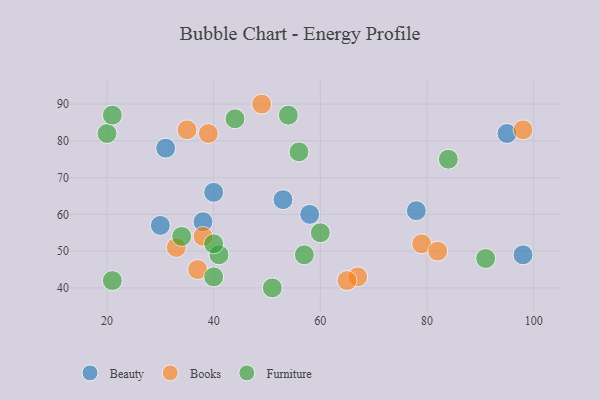
{"axis": {"x": "GDP", "y": "Life Expectancy"}, "legend": ["Beauty", "Books", "Furniture"], "data": [{"x": "31", "y": 78, "type": "Beauty"}, {"x": "53", "y": 64, "type": "Beauty"}, {"x": "30", "y": 57, "type": "Beauty"}, {"x": "40", "y": 66, "type": "Beauty"}, {"x": "95", "y": 82, "type": "Beauty"}, {"x": "98", "y": 49, "type": "Beauty"}, {"x": "38", "y": 58, "type": "Beauty"}, {"x": "78", "y": 61, "type": "Beauty"}, {"x": "58", "y": 60, "type": "Beauty"}, {"x": "79", "y": 52, "type": "Books"}, {"x": "49", "y": 90, "type": "Books"}, {"x": "67", "y": 43, "type": "Books"}, {"x": "38", "y": 54, "type": "Books"}, {"x": "98", "y": 83, "type": "Books"}, {"x": "37", "y": 45, "type": "Books"}, {"x": "65", "y": 42, "type": "Books"}, {"x": "39", "y": 82, "type": "Books"}, {"x": "35", "y": 83, "type": "Books"}, {"x": "82", "y": 50, "type": "Books"}, {"x": "33", "y": 51, "type": "Books"}, {"x": "41", "y": 49, "type": "Furniture"}, {"x": "57", "y": 49, "type": "Furniture"}, {"x": "91", "y": 48, "type": "Furniture"}, {"x": "20", "y": 82, "type": "Furniture"}, {"x": "21", "y": 42, "type": "Furniture"}, {"x": "40", "y": 43, "type": "Furniture"}, {"x": "44", "y": 86, "type": "Furniture"}, {"x": "21", "y": 87, "type": "Furniture"}, {"x": "51", "y": 40, "type": "Furniture"}, {"x": "84", "y": 75, "type": "Furniture"}, {"x": "60", "y": 55, "type": "Furniture"}, {"x": "34", "y": 54, "type": "Furniture"}, {"x": "54", "y": 87, "type": "Furniture"}, {"x": "40", "y": 52, "type": "Furniture"}, {"x": "56", "y": 77, "type": "Furniture"}]}